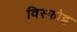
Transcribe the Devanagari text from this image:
विस्फोट्क